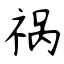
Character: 祸